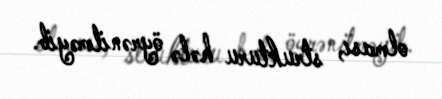
olması, strukturu hələ öyrənilməyib.